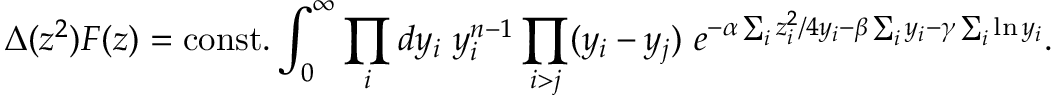
\Delta ( z ^ { 2 } ) { \cal F } ( z ) = \mathrm { c o n s t . } \int _ { 0 } ^ { \infty } \prod _ { i } d y _ { i } ~ y _ { i } ^ { n - 1 } \prod _ { i > j } ( y _ { i } - y _ { j } ) ~ e ^ { - \alpha \sum _ { i } z _ { i } ^ { 2 } / 4 y _ { i } - \beta \sum _ { i } y _ { i } - \gamma \sum _ { i } \ln y _ { i } } .